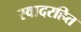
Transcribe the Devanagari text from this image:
स्वादरहित